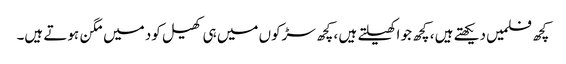
کچھ فلمیں دیکھتے ہیں ، کچھ جو اکھیلتے ہیں ، کچھ سڑکوں میں ہی کھیل کود میں مگن ہوتے ہیں۔